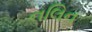
નલિન